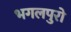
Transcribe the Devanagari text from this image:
भगलपुरो